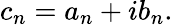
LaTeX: c_{n}=a_{n}+ib_{n}.